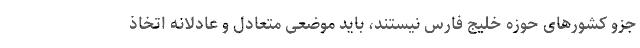
جزو کشورهای حوزه خلیج فارس نیستند، باید موضعی متعادل و عادلانه اتخاذ